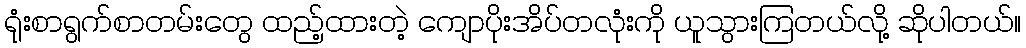
ရုံးစာရွက်စာတမ်းတွေ ထည့်ထားတဲ့ ကျောပိုးအိပ်တလုံးကို ယူသွားကြတယ်လို့ ဆိုပါတယ်။